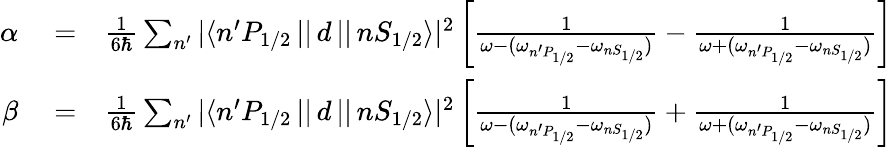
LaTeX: \begin{array}{rlr}{\alpha}&{{}=}&{\frac{1}{6\hbar}\sum_{n^{\prime}}{|\langle n^{\prime}P_{1/2}\, ||\, d\, ||\, nS_{1/2}\rangle|^{2}}\left[\frac{1}{\omega-(\omega_{n^{\prime}P_{1/2}}-\omega_{nS_{1/2}})}-\frac{1}{\omega+(\omega_{n^{\prime}P_{1/2}}-\omega_{nS_{1/2}})}\right]}\\ {\beta}&{{}=}&{\frac{1}{6\hbar}\sum_{n^{\prime}}{|\langle n^{\prime}P_{1/2}\, ||\, d\, ||\, nS_{1/2}\rangle|^{2}}\left[\frac{1}{\omega-(\omega_{n^{\prime}P_{1/2}}-\omega_{nS_{1/2}})}+\frac{1}{\omega+(\omega_{n^{\prime}P_{1/2}}-\omega_{nS_{1/2}})}\right]}\end{array}